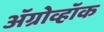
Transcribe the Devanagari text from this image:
अॅग्रोव्हॉक